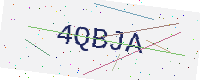
Text: 4QBJA